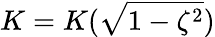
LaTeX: K=K(\sqrt{1-\zeta^{2}})